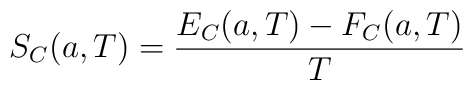
S_C(a,T)={E_C(a,T)-F_C(a,T)\over T}